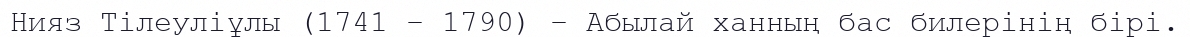
Нияз Тілеуліұлы (1741 – 1790) – Абылай ханның бас билерінің бірі.